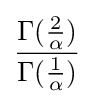
{\frac {\Gamma ({\frac {2}{\alpha }})}{\Gamma ({\frac {1}{\alpha }})}}